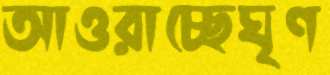
আওরাচ্ছেঘৃণ